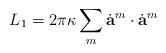
LaTeX: \begin{align*}L_1 = 2 \pi \kappa \sum_{m} \dot{\bf a}^{m} \cdot \dot{\bf a}^{m}\end{align*}